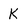
Character: K